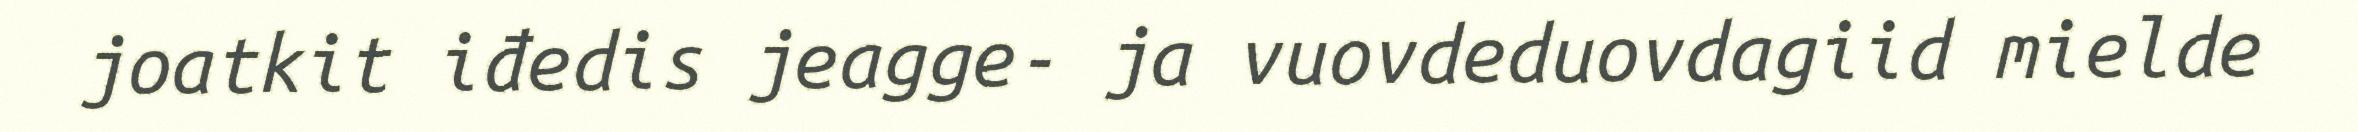
joatkit iđedis jeagge- ja vuovdeduovdagiid mielde